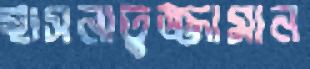
হাসনাতুজ্জামান